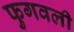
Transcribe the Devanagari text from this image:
फुगवली